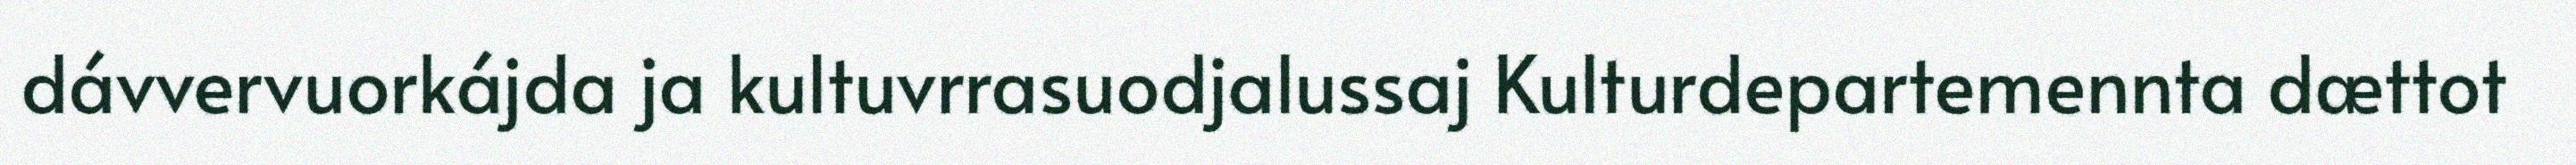
dávvervuorkájda ja kultuvrrasuodjalussaj Kulturdepartemennta dættot